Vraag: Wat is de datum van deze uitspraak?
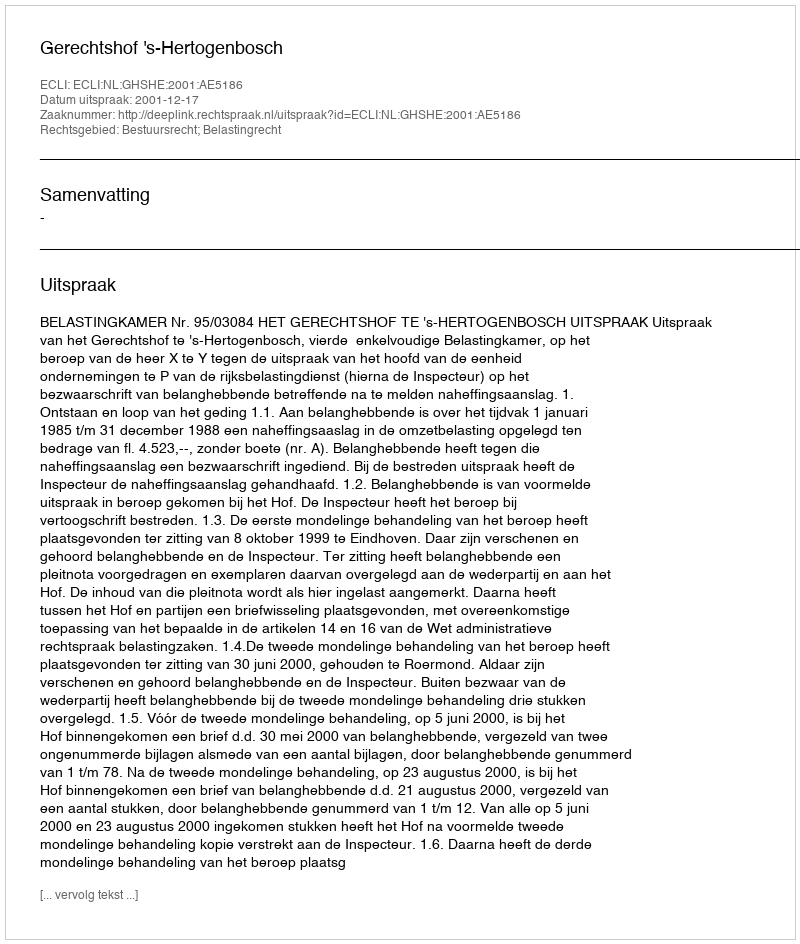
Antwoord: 2001-12-17